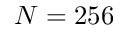
N = 2 5 6